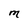
Character: M